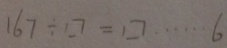
1 6 7 \div \square = \square \cdots 6